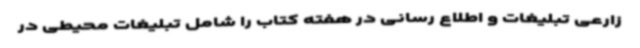
زارعی تبلیغات و اطلاع رسانی در هفته کتاب را شامل تبلیغات محیطی در